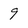
Character: 9